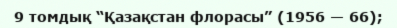
9 томдық “Қазақстан флорасы” (1956 — 66);